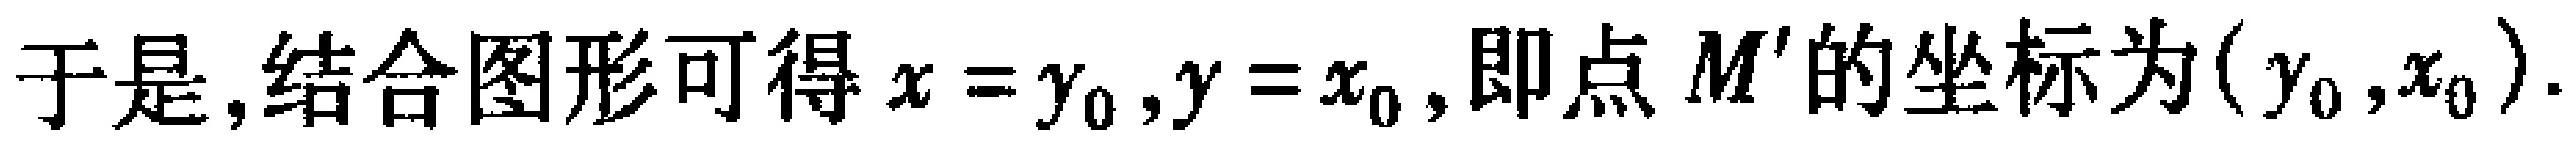
于是,结合图形可得\(x = y_{0},y = x_{0},\)即点 \(M'\)的坐标为\((y_{0},x_{0}).\)